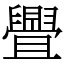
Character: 舋